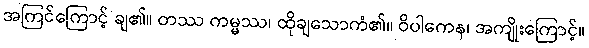
အကြင်ကြောင့် ချ၏။ တဿ ကမ္မဿ၊ ထိုချသောကံ၏။ ဝိပါကေန၊ အကျိုးကြောင့်။